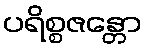
ပရိစ္စဇန္တော